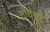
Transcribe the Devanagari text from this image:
दोधेश्वर